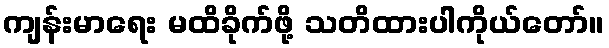
ကျန်းမာရေး မထိခိုက်ဖို့ သတိထားပါကိုယ်တော်။